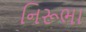
નિરૂભા